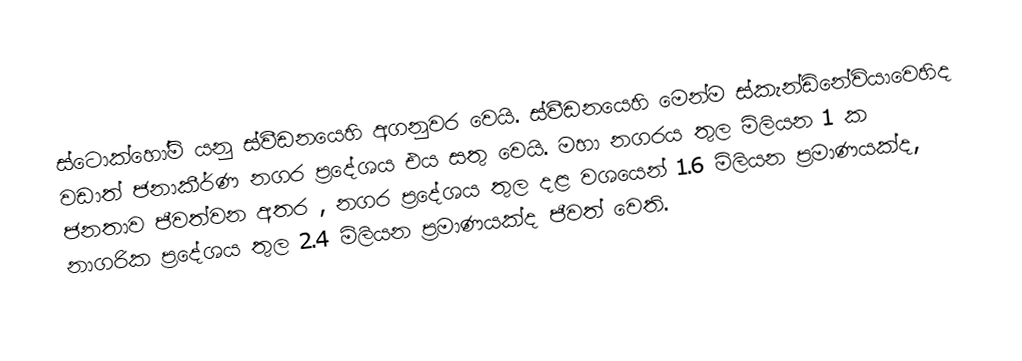
ස්ටොක්හෝම් යනු ස්වීඩනයෙහි අගනුවර වෙයි. ස්වීඩනයෙහි මෙන්ම ස්කැන්ඩිනේවියාවෙහිද වඩාත් ජනාකීර්ණ නගර ප්‍රදේශය එය සතු වෙයි. මහා නගරය තුල මිලියන 1 ක ජනතාව ජීවත්වන අතර , නගර ප්‍රදේශය තුල දළ වශයෙන් 1.6 මිලියන ප්‍රමාණයක්ද, නාගරික ප්‍රදේශය තුල 2.4 මිලියන ප්‍රමාණයක්ද ජීවත් වෙති.